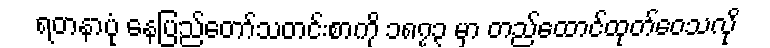
ရတနာပုံ နေပြည်တော်သတင်းစာကို ၁၈၇၃ မှာ တည်ထောင်ထုတ်ဝေသလို